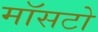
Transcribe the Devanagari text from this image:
मॉसटो